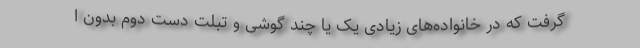
گرفت که در خانواده‌های زیادی یک یا چند گوشی و تبلت دست دوم بدون ا